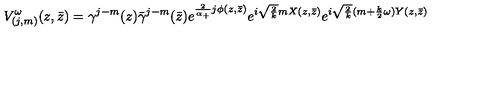
V _ { ( j , m ) } ^ { \omega } ( z , \bar { z } ) = \gamma ^ { j - m } ( z ) \bar { \gamma } ^ { j - m } ( \bar { z } ) e ^ { \frac 2 { \alpha _ { + } } j \phi ( z , \bar { z } ) } e ^ { i \sqrt { \frac { 2 } { k } } m X ( z , \bar { z } ) } e ^ { i \sqrt { \frac { 2 } { k } } ( m + { \frac { k } { 2 } } \omega ) Y ( z , \bar { z } ) }